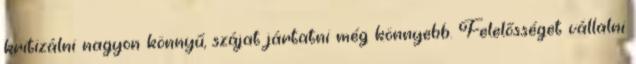
kritizálni nagyon könnyű, szájat jártatni még könnyebb. Felelősséget vállalni